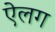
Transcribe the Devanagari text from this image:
ऐलग